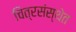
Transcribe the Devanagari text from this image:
चित्रसंस्थेत